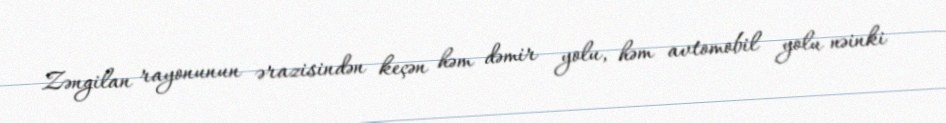
Zəngilan rayonunun ərazisindən keçən həm dəmir yolu, həm avtomobil yolu nəinki